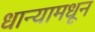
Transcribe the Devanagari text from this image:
धान्यामधून